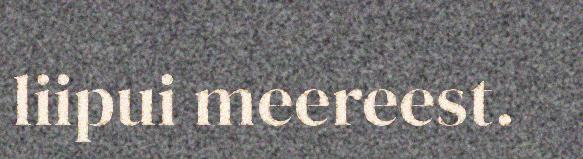
liipui meereest.